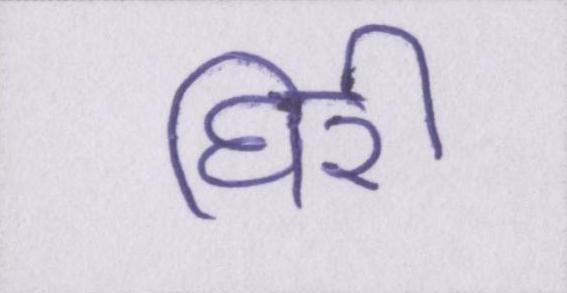
घिरी